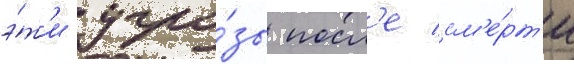
э́т'и угро́зы посл'е см'е́рт'и